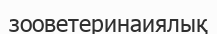
зооветеринаиялық